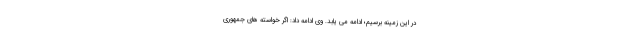
در این زمینه برسیم؛ ادامه می یابد. وی ادامه داد: اگر خواسته های جمهوری